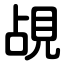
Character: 覘